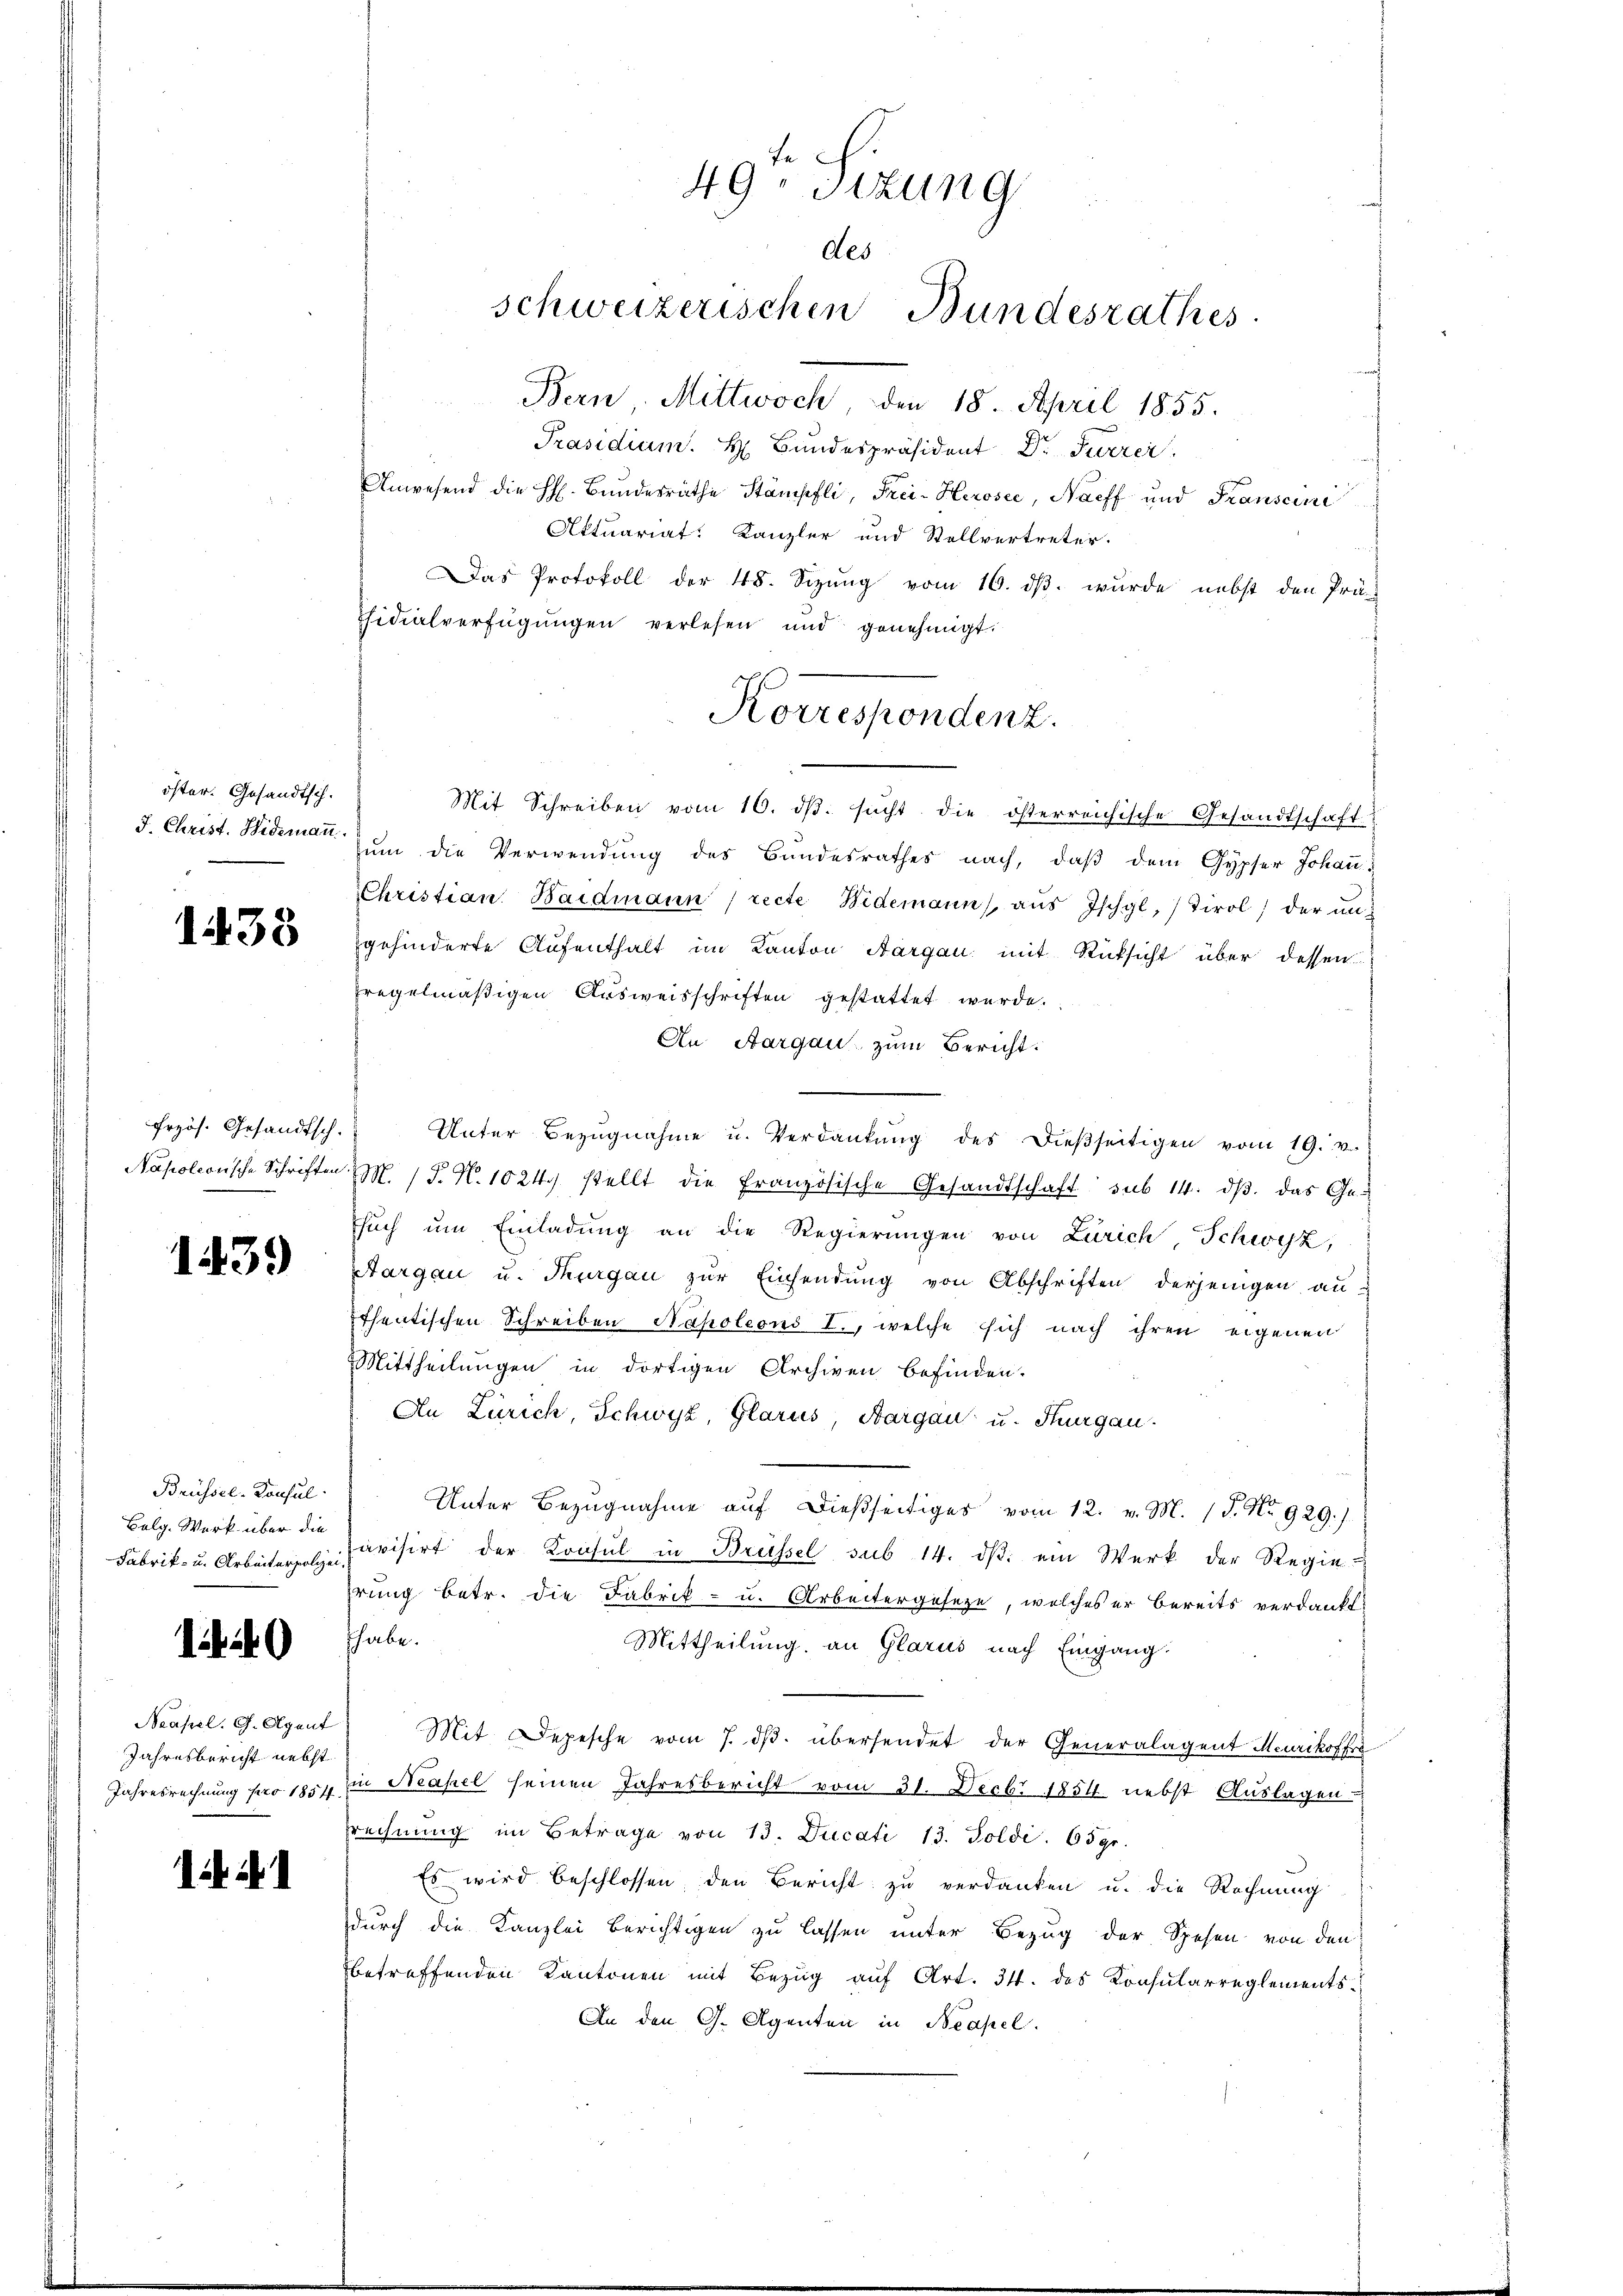
öster. Gesandtsch.

1438

frzös. Gesandtsch.
Napoleonische Schriften

1439

Brüssel-Konsul
Bolg. Werk über die

1440

Neapel. G. Agent
Jahresbericht nebst
Jahresrechnung pro 1854.

i 1

49. Sizung
des
schweizerischen Bundesrathes

Bern, Mittwoch, den 18. April 1855.
Präsidium. H. Bundespräsident Dr. Furrer
Anwesend die H. Bundesrathe Stämpfli, Frei-Herosee, Naeff und Franscini
Aktuariat: Kanzler und Stellvertreter.
Das Protokoll der 48. Sizung vom 16. dβ. wurde nebst den Prä-
sidialverfügungen verlesen und genehmigt.
Mit Schreiben vom 16. dβ. sŭcht die österreichische Gesandtschaft
J. Christ. Widemann um die Verwendung des Bundesrathes nach, daß dem Gypfer Johann
Christian Baidmann recte Widemann aŭs Ischyl, Tirol der ungehinderte Aufenthalt im Kanton Aargau mit Rücksicht über dessen
fregelmäßigen Ausweisschriften gestattet wurde.
An Aargau zum Bericht:
Unter Bezŭgnahme u. Verdankŭng des dießseitigen vom 19. v.
MM. (T. N. 1024. stellt die französische Gesandtschaft sub 14. dβ das Ge-
such um Einladung an die Regierungen von Zürich Schwyz,
Aargau u. Thurgau zur Einsendung von Abschriften derjenigen au-
Ithentischen Schreiben Napoleons I., welche sich nach ihren eigenen
Mittheilungen in dortigen Archiven befinden.
An Zürich, Schwyz, Glarus, Bargau u. Thurgau.
Unter Bezugnahme auf dießseitiges vom 12. v. M. (T. No. 929.)
Fabrik- u. Arbeiter avisirt der Konsul in Brüssel sub 14. dβ ein Werk der Regie-
hrung betr. die Fabrik- u. Arbeitergeseze, welches er bereits verdankt,
thabe.
Mittheilung an Glarus nach Eingang.
Mit Depesche vom 7. dβ. übersendet der Generalagent Meurikoffre
in Neapel seinen Jahresbericht vom 31. Decbr 1854 nebst Auslagen
rechnung im Betrage von 13. Ducati 13. Soldi. 659.
Es wird beschlossen, den Bericht zu verdanken u. die Rechnung
durch die Kanzlei berichtigen zu lassen unter Bezug der Spesen von den
betreffenden Kantonen mit Bezug auf Art. 34. des Konsularreglements
An den G. Agenten in Neapel.

Korrespondenz.